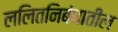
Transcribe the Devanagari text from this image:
ललितनिबंधातील